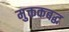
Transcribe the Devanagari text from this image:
मुक्तकबद्ध